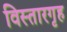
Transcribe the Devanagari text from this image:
विस्तारगृह